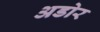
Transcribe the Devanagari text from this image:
अडोर